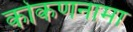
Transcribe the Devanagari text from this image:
कोकणनामा